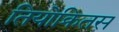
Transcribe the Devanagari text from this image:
तियोक्रितस